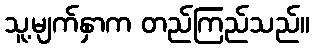
သူ့မျက်နှာက တည်ကြည်သည်။